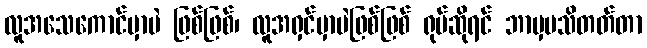
လူအသေကောင်မှာပဲ ဖြစ်ဖြစ်၊ လူအရှင်မှာပဲဖြစ်ဖြစ် ရုပ်ဆိုရင် ဘာမှမသိတတ်တာ